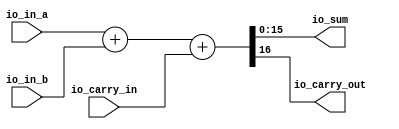
module adderGenerator(
  input  [15:0] io_in_a,
  input  [15:0] io_in_b,
  input         io_carry_in,
  output [15:0] io_sum,
  output        io_carry_out
);
  wire [16:0] _outWire_T = io_in_a + io_in_b; // @[adderGenerator.scala 21:24]
  wire [16:0] _GEN_0 = {{16'd0}, io_carry_in}; // @[adderGenerator.scala 21:35]
  wire [17:0] _outWire_T_1 = _outWire_T + _GEN_0; // @[adderGenerator.scala 21:35]
  wire [16:0] outWire = _outWire_T_1[16:0]; // @[adderGenerator.scala 20:23 21:13]
  assign io_sum = outWire[15:0]; // @[adderGenerator.scala 22:12]
  assign io_carry_out = outWire[16]; // @[adderGenerator.scala 23:28]
endmodule
module adder2StageScala(
  input         clock,
  input         reset,
  input  [31:0] io_in_a,
  input  [31:0] io_in_b,
  output [31:0] io_out_sum,
  output        io_out_carry
);
`ifdef RANDOMIZE_REG_INIT
  reg [31:0] _RAND_0;
  reg [31:0] _RAND_1;
  reg [31:0] _RAND_2;
  reg [31:0] _RAND_3;
  reg [31:0] _RAND_4;
  reg [31:0] _RAND_5;
`endif // RANDOMIZE_REG_INIT
  wire [15:0] adder0_io_in_a; // @[adder2Stage.scala 26:24]
  wire [15:0] adder0_io_in_b; // @[adder2Stage.scala 26:24]
  wire  adder0_io_carry_in; // @[adder2Stage.scala 26:24]
  wire [15:0] adder0_io_sum; // @[adder2Stage.scala 26:24]
  wire  adder0_io_carry_out; // @[adder2Stage.scala 26:24]
  wire [15:0] adder1_io_in_a; // @[adder2Stage.scala 45:24]
  wire [15:0] adder1_io_in_b; // @[adder2Stage.scala 45:24]
  wire  adder1_io_carry_in; // @[adder2Stage.scala 45:24]
  wire [15:0] adder1_io_sum; // @[adder2Stage.scala 45:24]
  wire  adder1_io_carry_out; // @[adder2Stage.scala 45:24]
  reg [15:0] pipeline_reg_a; // @[adder2Stage.scala 19:33]
  reg [15:0] pipeline_reg_b; // @[adder2Stage.scala 20:33]
  reg  pipeline_cout0; // @[adder2Stage.scala 21:33]
  reg [31:0] buffer_out_sum; // @[adder2Stage.scala 23:33]
  reg  buffer_out_carry; // @[adder2Stage.scala 24:35]
  reg [15:0] pipeline_reg_sum0; // @[adder2Stage.scala 41:36]
  wire [31:0] _buffer_out_sum_T = {adder1_io_sum,pipeline_reg_sum0}; // @[Cat.scala 31:58]
  adderGenerator adder0 ( // @[adder2Stage.scala 26:24]
    .io_in_a(adder0_io_in_a),
    .io_in_b(adder0_io_in_b),
    .io_carry_in(adder0_io_carry_in),
    .io_sum(adder0_io_sum),
    .io_carry_out(adder0_io_carry_out)
  );
  adderGenerator adder1 ( // @[adder2Stage.scala 45:24]
    .io_in_a(adder1_io_in_a),
    .io_in_b(adder1_io_in_b),
    .io_carry_in(adder1_io_carry_in),
    .io_sum(adder1_io_sum),
    .io_carry_out(adder1_io_carry_out)
  );
  assign io_out_sum = buffer_out_sum; // @[adder2Stage.scala 58:16]
  assign io_out_carry = buffer_out_carry; // @[adder2Stage.scala 59:18]
  assign adder0_io_in_a = io_in_a[15:0]; // @[adder2Stage.scala 27:30]
  assign adder0_io_in_b = io_in_b[15:0]; // @[adder2Stage.scala 28:30]
  assign adder0_io_carry_in = 1'h0; // @[adder2Stage.scala 29:24]
  assign adder1_io_in_a = pipeline_reg_a; // @[adder2Stage.scala 46:20]
  assign adder1_io_in_b = pipeline_reg_b; // @[adder2Stage.scala 47:20]
  assign adder1_io_carry_in = pipeline_cout0; // @[adder2Stage.scala 48:24]
  always @(posedge clock) begin
    if (reset) begin // @[adder2Stage.scala 19:33]
      pipeline_reg_a <= 16'h0; // @[adder2Stage.scala 19:33]
    end else begin
      pipeline_reg_a <= io_in_a[31:16]; // @[adder2Stage.scala 34:20]
    end
    if (reset) begin // @[adder2Stage.scala 20:33]
      pipeline_reg_b <= 16'h0; // @[adder2Stage.scala 20:33]
    end else begin
      pipeline_reg_b <= io_in_b[31:16]; // @[adder2Stage.scala 35:20]
    end
    if (reset) begin // @[adder2Stage.scala 21:33]
      pipeline_cout0 <= 1'h0; // @[adder2Stage.scala 21:33]
    end else begin
      pipeline_cout0 <= adder0_io_carry_out; // @[adder2Stage.scala 36:20]
    end
    if (reset) begin // @[adder2Stage.scala 23:33]
      buffer_out_sum <= 32'h0; // @[adder2Stage.scala 23:33]
    end else begin
      buffer_out_sum <= _buffer_out_sum_T; // @[adder2Stage.scala 55:20]
    end
    if (reset) begin // @[adder2Stage.scala 24:35]
      buffer_out_carry <= 1'h0; // @[adder2Stage.scala 24:35]
    end else begin
      buffer_out_carry <= adder1_io_carry_out; // @[adder2Stage.scala 56:22]
    end
    if (reset) begin // @[adder2Stage.scala 41:36]
      pipeline_reg_sum0 <= 16'h0; // @[adder2Stage.scala 41:36]
    end else begin
      pipeline_reg_sum0 <= adder0_io_sum; // @[adder2Stage.scala 42:23]
    end
  end
// Register and memory initialization
`ifdef RANDOMIZE_GARBAGE_ASSIGN
`define RANDOMIZE
`endif
`ifdef RANDOMIZE_INVALID_ASSIGN
`define RANDOMIZE
`endif
`ifdef RANDOMIZE_REG_INIT
`define RANDOMIZE
`endif
`ifdef RANDOMIZE_MEM_INIT
`define RANDOMIZE
`endif
`ifndef RANDOM
`define RANDOM $random
`endif
`ifdef RANDOMIZE_MEM_INIT
  integer initvar;
`endif
`ifndef SYNTHESIS
`ifdef FIRRTL_BEFORE_INITIAL
`FIRRTL_BEFORE_INITIAL
`endif
initial begin
  `ifdef RANDOMIZE
    `ifdef INIT_RANDOM
      `INIT_RANDOM
    `endif
    `ifndef VERILATOR
      `ifdef RANDOMIZE_DELAY
        #`RANDOMIZE_DELAY begin end
      `else
        #0.002 begin end
      `endif
    `endif
`ifdef RANDOMIZE_REG_INIT
  _RAND_0 = {1{`RANDOM}};
  pipeline_reg_a = _RAND_0[15:0];
  _RAND_1 = {1{`RANDOM}};
  pipeline_reg_b = _RAND_1[15:0];
  _RAND_2 = {1{`RANDOM}};
  pipeline_cout0 = _RAND_2[0:0];
  _RAND_3 = {1{`RANDOM}};
  buffer_out_sum = _RAND_3[31:0];
  _RAND_4 = {1{`RANDOM}};
  buffer_out_carry = _RAND_4[0:0];
  _RAND_5 = {1{`RANDOM}};
  pipeline_reg_sum0 = _RAND_5[15:0];
`endif // RANDOMIZE_REG_INIT
  `endif // RANDOMIZE
end // initial
`ifdef FIRRTL_AFTER_INITIAL
`FIRRTL_AFTER_INITIAL
`endif
`endif // SYNTHESIS
endmodule